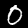
Digit: 0